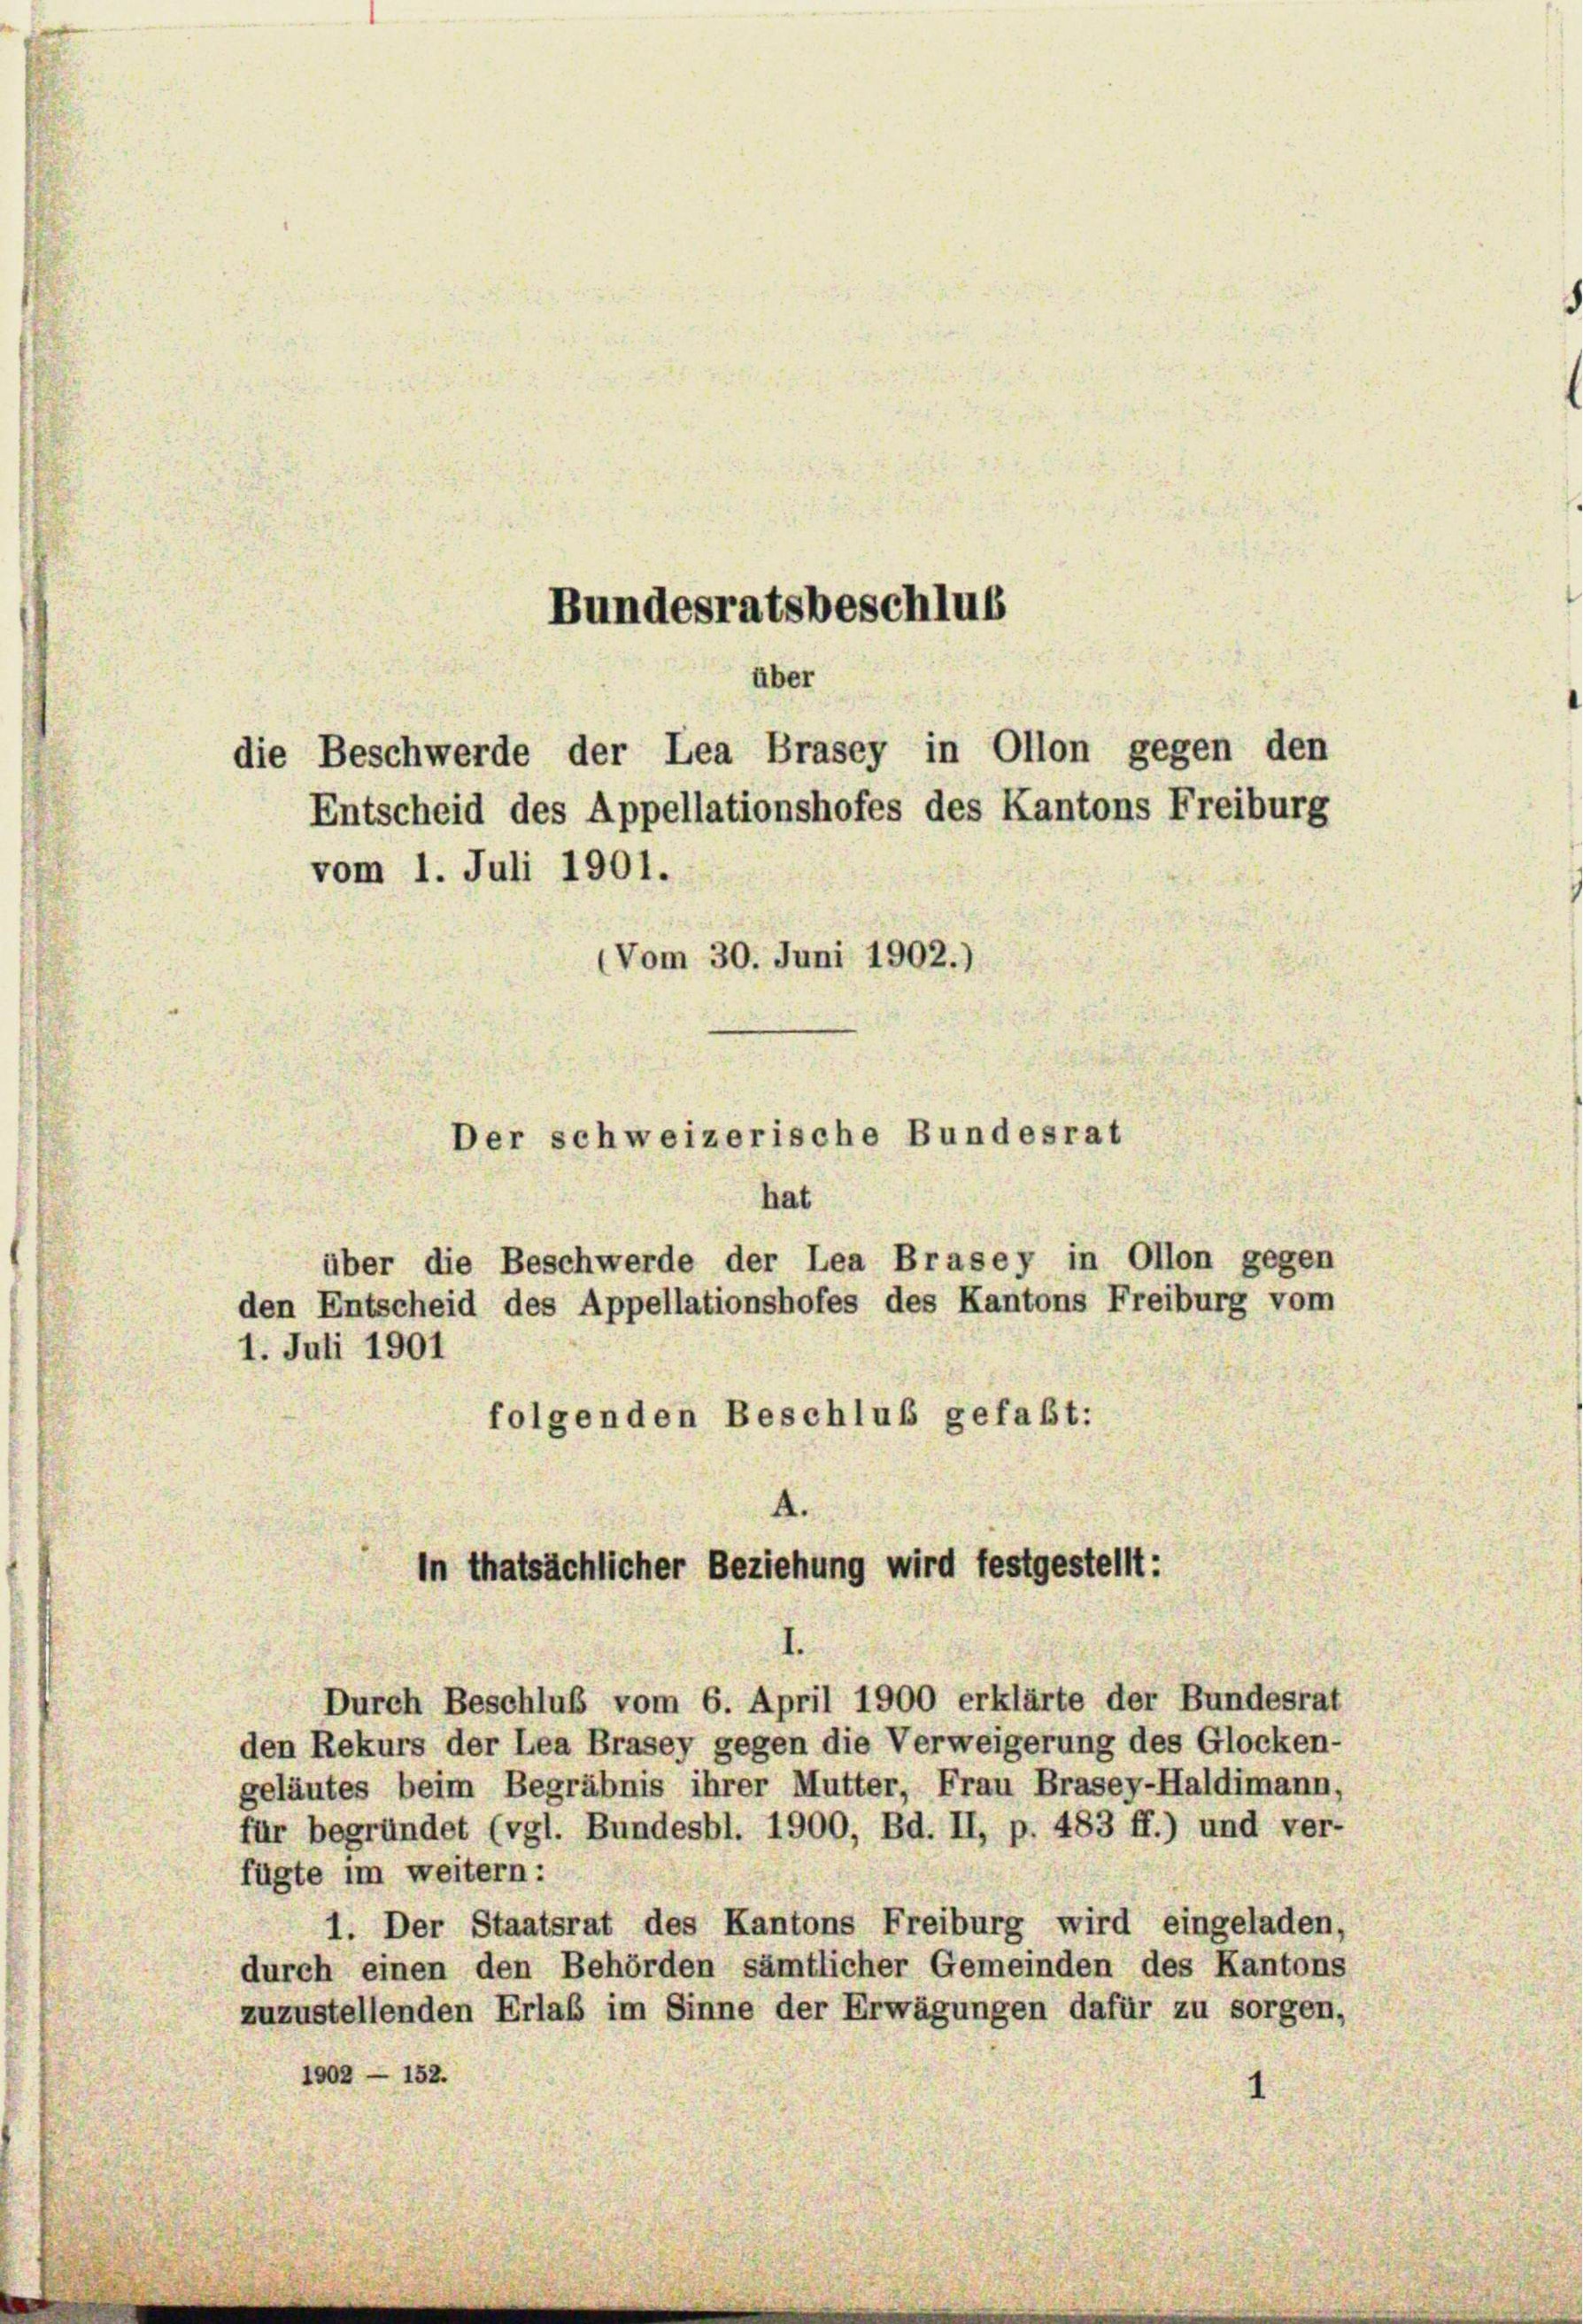
Bundesratsbeschlus
über
die Beschwerde der Lea Brasey in Ollon gegen den
Entscheid des Appellationshofes des Kantons Freiburg

vom 1. Juli 1901.
(Vom 30. Juni 1902.)

Der schweizerische Bundesrat

hat
über die Beschwerde der Lea Brasey in Ollon gegen
den Entscheid des Appellationshofes des Kantons Freiburg vom
1. Juli 1901
folgenden Beschluß gefaßt:

A.
In thatsächlicher Beziehung wird festgestellt:

Durch Beschluß vom 6. April 1900 erklärte der Bundesrat
den Rekurs der Lea Brasey gegen die Verweigerung des Glocken-
geläutes beim Begräbnis ihrer Mutter, Frau Brasey-Haldimann,
für begründet (vgl. Bundesbl. 1900, Bd. II, p. 483 ff.) und ver-
fügte im weitern:
1. Der Staatsrat des Kantons Freiburg wird eingeladen,
durch einen den Behörden sämtlicher Gemeinden des Kantons
zuzustellenden Erlaß im Sinne der Erwägungen dafür zu sorgen,
1902 - 152.